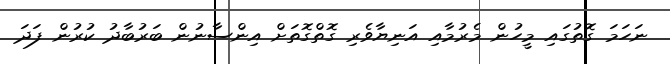
ނަހަމަ ގޮތުގައި މީހުން މެރުމާއި އަނިޔާވެރި ގޮތްގޮތަށް އިންސާނުން ބަރުބާދު ކުރުން ފަދަ